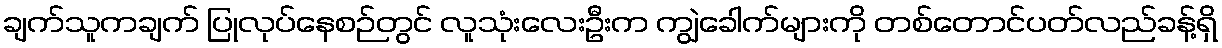
ချက်သူကချက် ပြုလုပ်နေစဉ်တွင် လူသုံးလေးဦးက ကျွဲခေါက်များကို တစ်တောင်ပတ်လည်ခန့်ရှိ